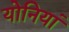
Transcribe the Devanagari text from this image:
योनियां